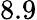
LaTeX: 8.9